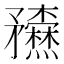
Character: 𥎢